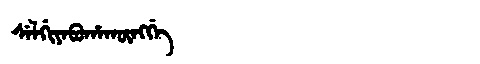
Manchu: ᠰᡝᠯᡤᡳᠶᡝᠪᡠᡥᠠᡴᡡᠩᡤᡝ
Romanization: SELGIYEBUHAKŪNGGE